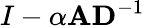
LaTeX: I-\alpha{\mathbf A}{\mathbf D}^{-1}